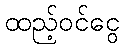
ထည့်ဝင်ငွေ